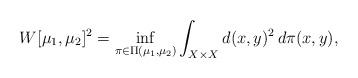
LaTeX: \begin{align*} W[\mu_1,\mu_2]^2 = \inf_{\pi\in\Pi(\mu_1,\mu_2)}\int_{X\times X}d(x,y)^2\,d\pi(x,y),\end{align*}